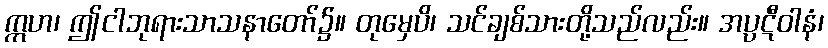
ဣဟ၊ ဤငါဘုရားသာသနာတော်၌။ တုမှေပိ၊ သင်ချစ်သားတို့သည်လည်း။ အပ္ပဋီဝါနံ၊